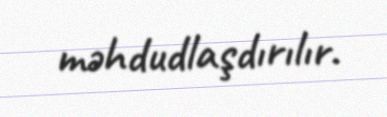
məhdudlaşdırılır.